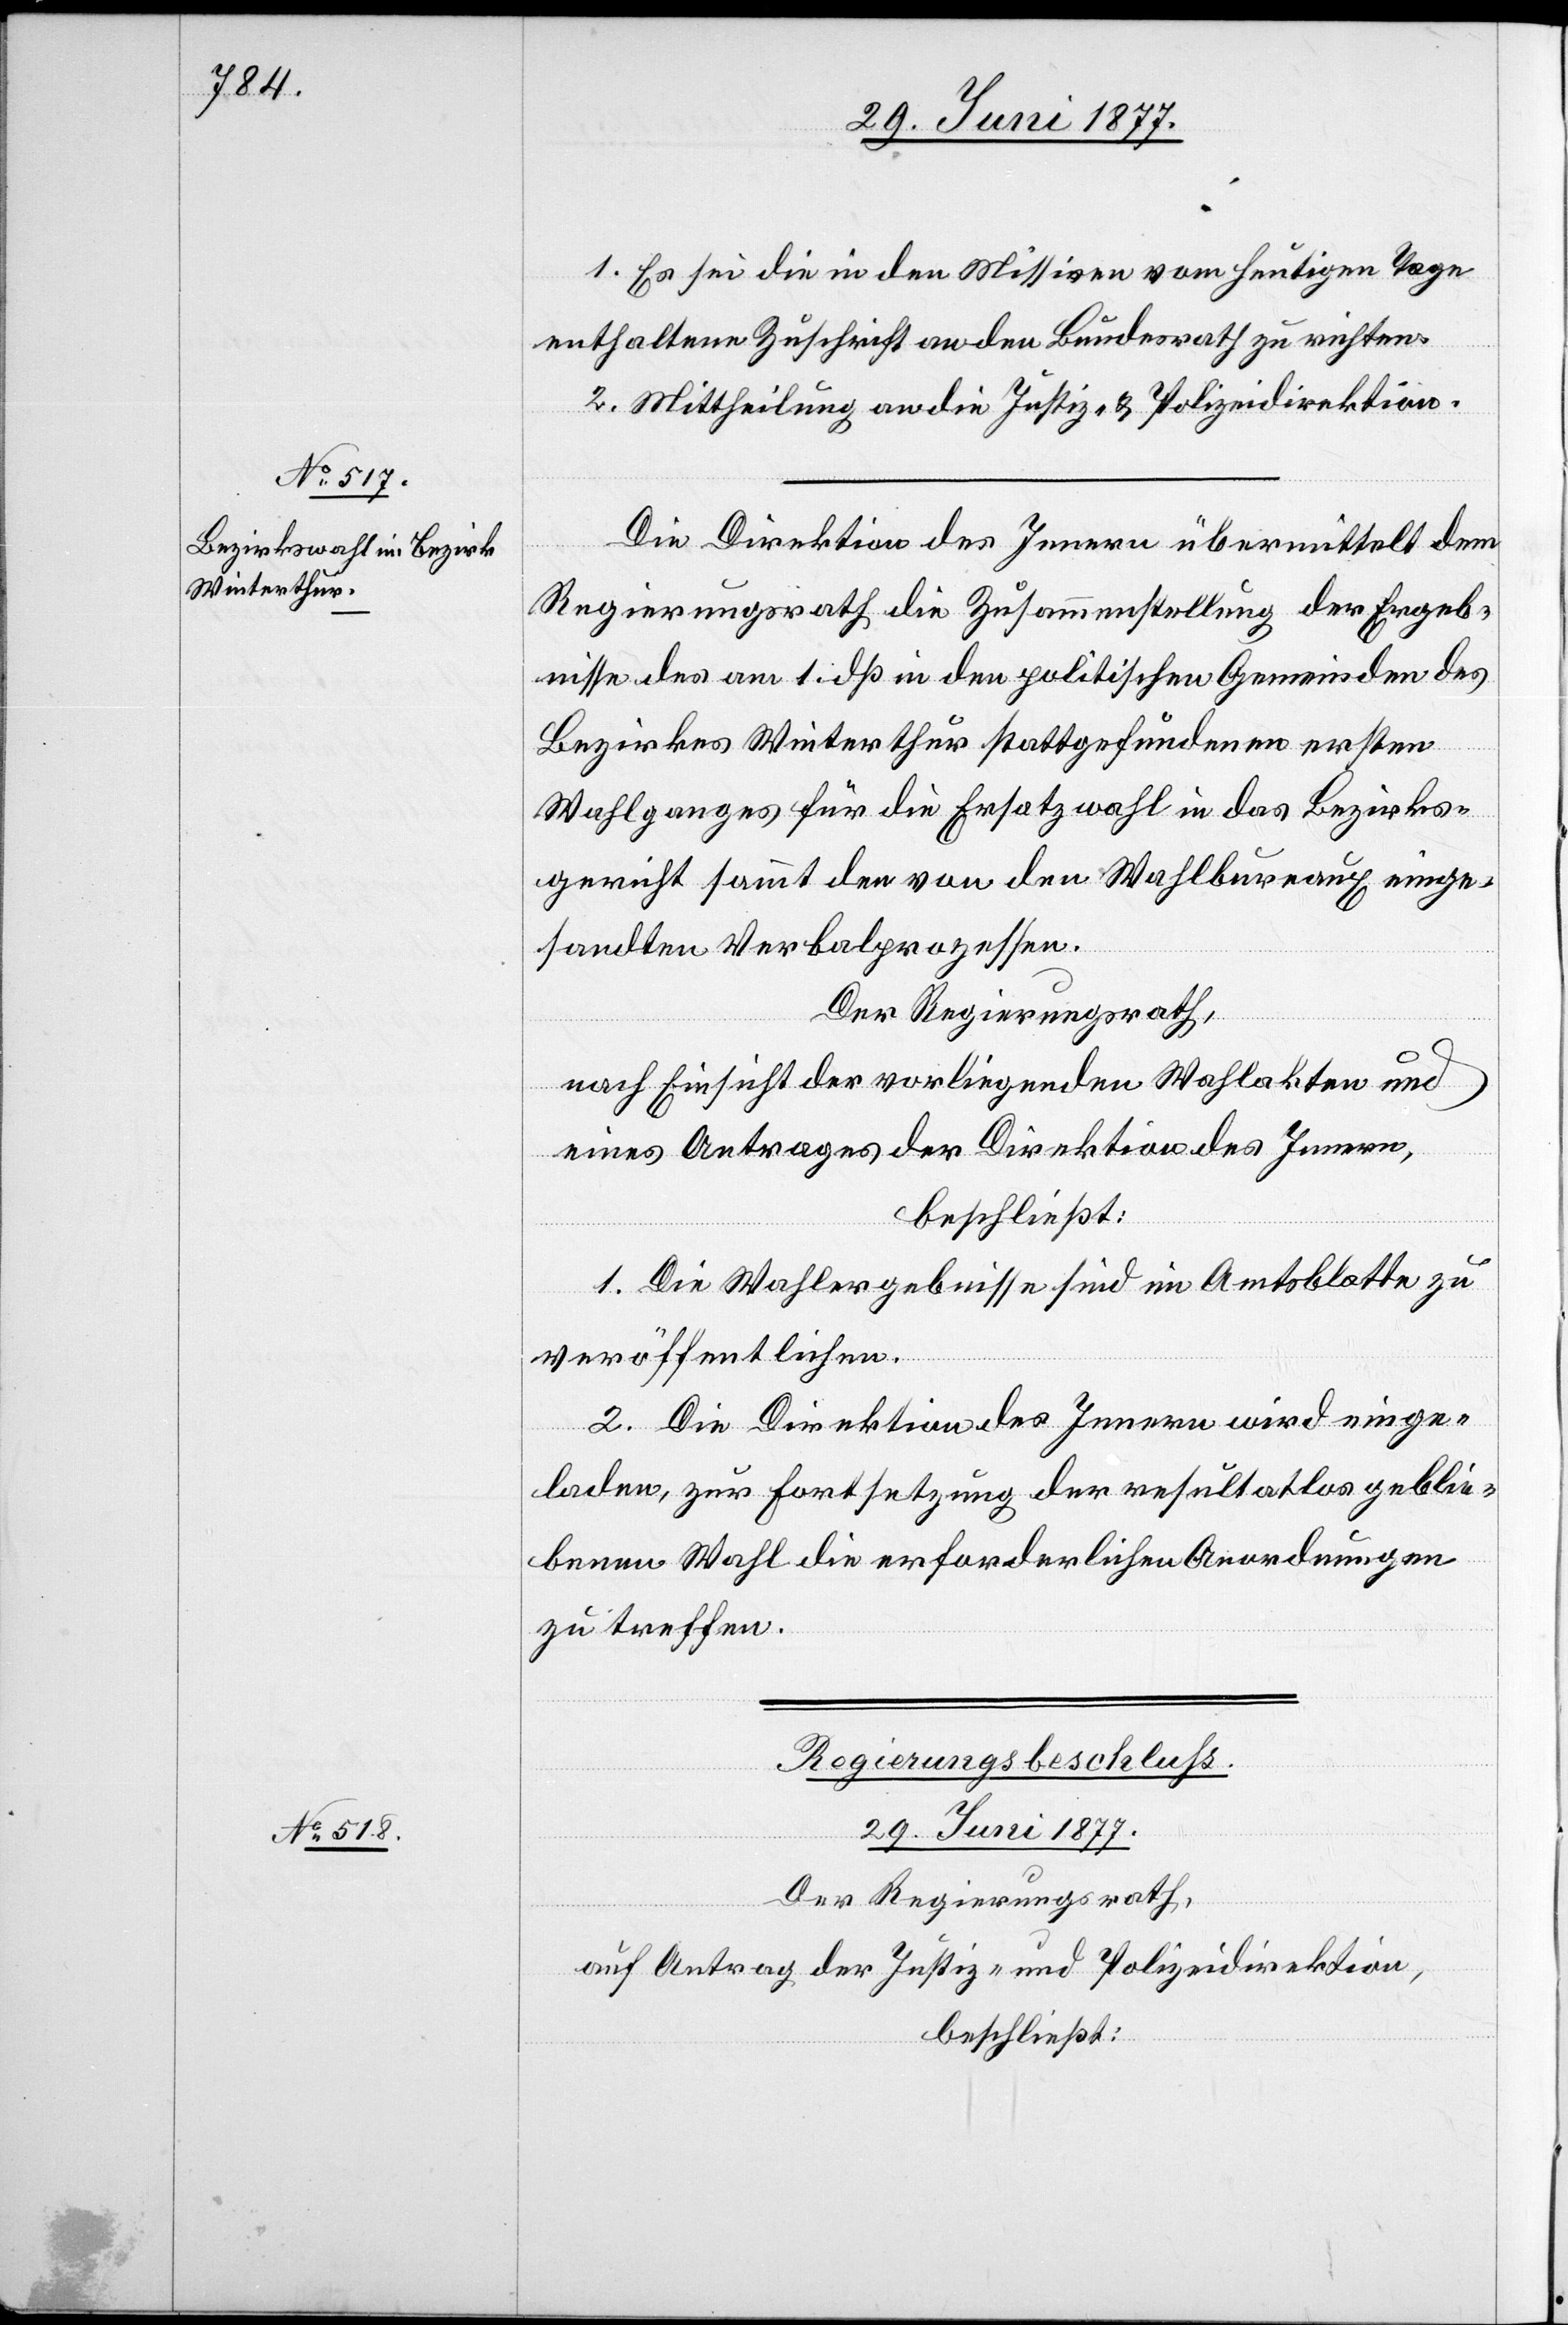
1. Es sei die in den Missiven vom heutigen Tage
enthaltene Zuschrift an den Bundesrath zu richten.
2. Mittheilung an die Justiz- und Polizeidirektion.
al-Verfügungen
Die Direktion des Innern übermittelt dem
Regierungsrath die Zusammenstellung der Ergeb¬
nisse des am 1. dß in den politischen Gemeinden des
Bezirkes Winterthur stattgefundenen ersten
Wahlganges für die Ersatzwahl in das Bezirks¬
gericht sammt den von den Wahlbureaux einge¬
sandten Verbalprozessen.
Der Regierungsrath,
nach Einsicht der vorliegenden Wahlakten und
eines Antrages der Direktion des Innern,
beschließt:
1. Die Wahlergebnisse sind im Amtsblatte zu
veröffentlichen.
2. Die Direktion des Innern wird einge¬
laden, zur Fortsetzung der resultatlos geblie¬
benen Wahl die erforderlichen Anordnungen
zu treffen.
Regierungsbeschluß.
29. Juni 1877.
Der Regierungsrath,
auf Antrag der Justiz- und Polizeidirektion,
beschließt: